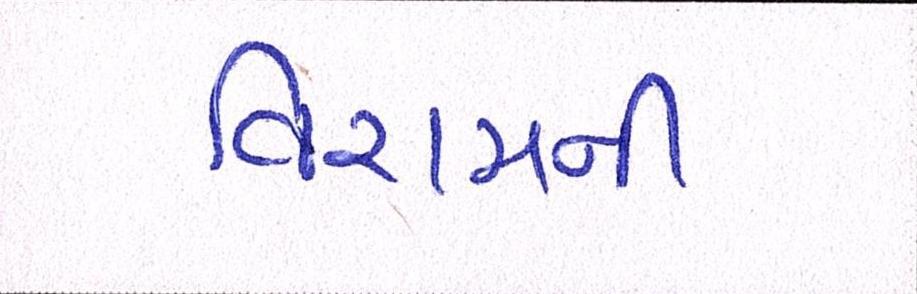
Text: વિરામની